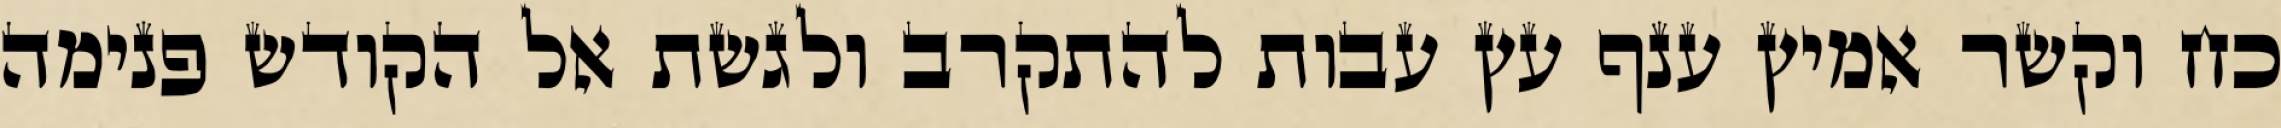
כח וקשר אמיץ ענף עץ עבות להתקרב ולגשת אל הקודש פנימה